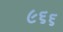
૯૬૬